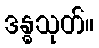
ဒန္ဓသုတ်။